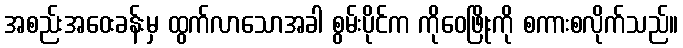
အစည်းအဝေးခန်းမှ ထွက်လာသောအခါ စွမ်းပိုင်က ကိုဝေဖြိုးကို စကားစလိုက်သည်။